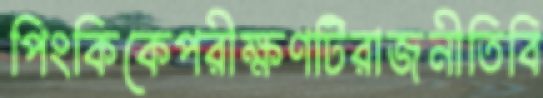
পিংকিকেপরীক্ষণটিরাজনীতিবি